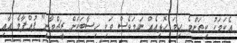
އެކަމަކު ކިތަންމެ ހިމަ ހޮޅިއެއް ނަމަވެސް ވަކި ހިސާބަކަށް ރީޗްވާނީ" ފުއްޕާމެ އާއި